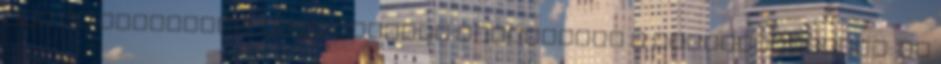
azt is ideteszem, mert annyira belejöttem a tévélinkelésbe: na